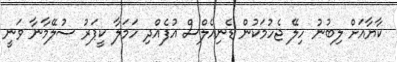
ކާޔާއަށް ލިބުނު ހިލޭ ޖެހުމަކުން ޑެނިއެލްސް އުފެއްދި ހަމަލާ ކީޕަރު ސުލޭމާނާ ވަނީ